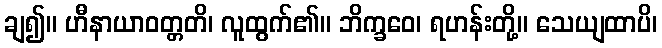
ချ၍။ ဟီနာယာဝတ္တတိ၊ လူထွက်၏။ ဘိက္ခဝေ၊ ရဟန်းတို့။ သေယျထာပိ၊